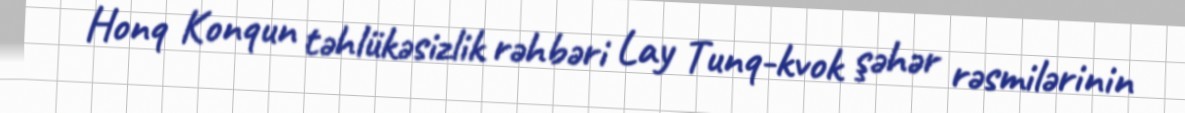
Honq Konqun təhlükəsizlik rəhbəri Lay Tunq-kvok şəhər rəsmilərinin